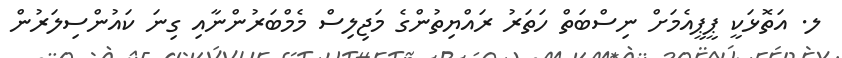
ލ. އަތޮޅަކީ ޕީޕީއެމަށް ނިސްބަތް ހަތަރު ރައްޔިތުންގެ މަޖިލިސް މެމްބަރުންނާއި ގިނަ ކައުންސިލަރުން